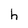
Character: h